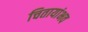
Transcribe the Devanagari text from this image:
चितायांभव